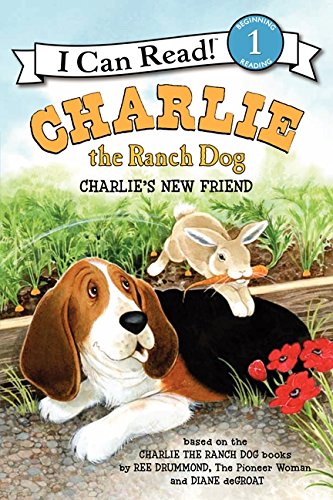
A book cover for Charlie the Ranch Dog: Charlie's New Friend (I Can Read Level 1); Ree Drummond; Children's Books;